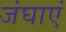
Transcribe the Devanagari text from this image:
जंघाएं